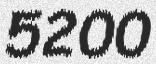
5200